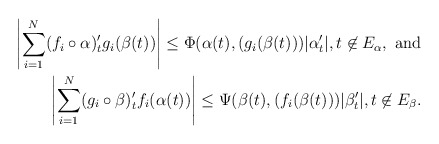
\begin{align*}\left| \sum_{i=1}^N (f_i\circ \alpha)'_t g_i(\beta(t))\right|\leq \Phi(\alpha(t), (g_i(\beta(t)))|\alpha_t'|, t\not\in E_\alpha,\textrm{ and} \\\left| \sum_{i=1}^N (g_i\circ \beta)'_t f_i(\alpha(t))\right|\leq \Psi(\beta(t), (f_i(\beta(t)))|\beta_t'|,t\not\in E_\beta.\end{align*}